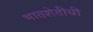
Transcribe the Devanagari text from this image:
भातशेतीची